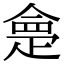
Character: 𭼂